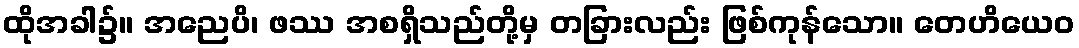
ထိုအခါ၌။ အညေပိ၊ ဖဿ အစရှိသည်တို့မှ တခြားလည်း ဖြစ်ကုန်သော။ တေဟိယေဝ